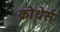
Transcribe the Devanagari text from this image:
क्रोथेर्स